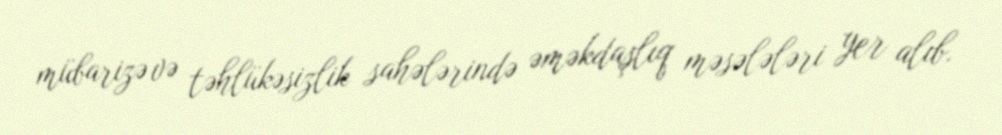
mübarizə və təhlükəsizlik sahələrində əməkdaşlıq məsələləri yer alıb.